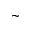
\sim